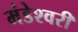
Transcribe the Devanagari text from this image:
मंडेश्वरी